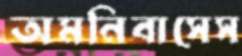
অমনিবাসেস